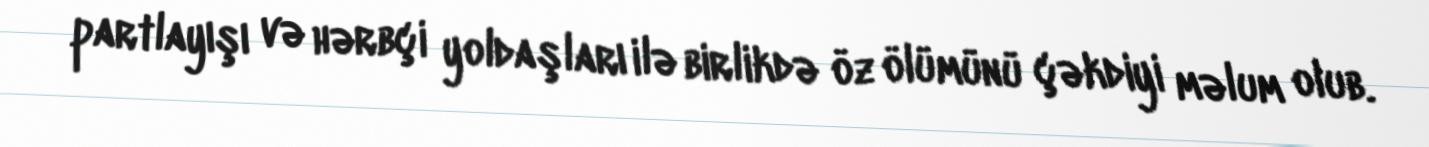
partlayışı və hərbçi yoldaşları ilə birlikdə öz ölümünü çəkdiyi məlum olub.